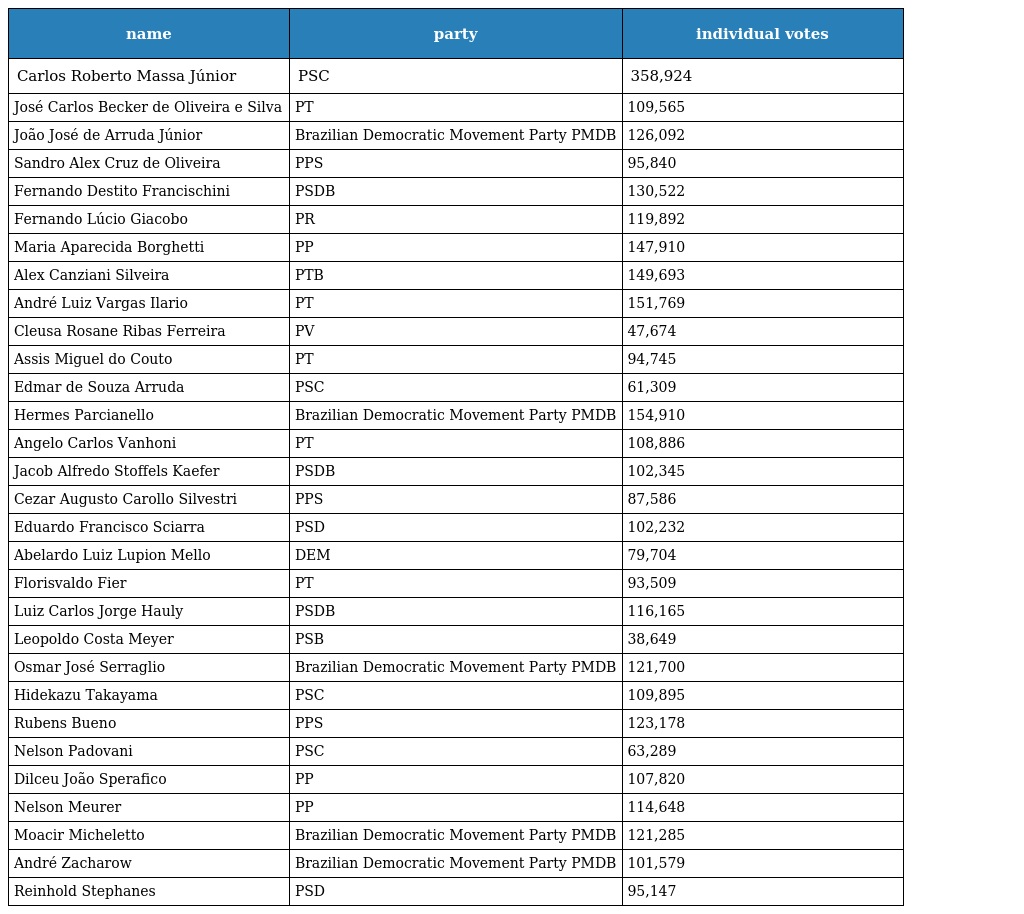
| name | party | individual votes |
 | --- | --- | --- |
 | Carlos Roberto Massa Júnior | PSC | 358,924 |
 | José Carlos Becker de Oliveira e Silva | PT | 109,565 |
 | João José de Arruda Júnior | Brazilian Democratic Movement Party PMDB | 126,092 |
 | Sandro Alex Cruz de Oliveira | PPS | 95,840 |
 | Fernando Destito Francischini | PSDB | 130,522 |
 | Fernando Lúcio Giacobo | PR | 119,892 |
 | Maria Aparecida Borghetti | PP | 147,910 |
 | Alex Canziani Silveira | PTB | 149,693 |
 | André Luiz Vargas Ilario | PT | 151,769 |
 | Cleusa Rosane Ribas Ferreira | PV | 47,674 |
 | Assis Miguel do Couto | PT | 94,745 |
 | Edmar de Souza Arruda | PSC | 61,309 |
 | Hermes Parcianello | Brazilian Democratic Movement Party PMDB | 154,910 |
 | Angelo Carlos Vanhoni | PT | 108,886 |
 | Jacob Alfredo Stoffels Kaefer | PSDB | 102,345 |
 | Cezar Augusto Carollo Silvestri | PPS | 87,586 |
 | Eduardo Francisco Sciarra | PSD | 102,232 |
 | Abelardo Luiz Lupion Mello | DEM | 79,704 |
 | Florisvaldo Fier | PT | 93,509 |
 | Luiz Carlos Jorge Hauly | PSDB | 116,165 |
 | Leopoldo Costa Meyer | PSB | 38,649 |
 | Osmar José Serraglio | Brazilian Democratic Movement Party PMDB | 121,700 |
 | Hidekazu Takayama | PSC | 109,895 |
 | Rubens Bueno | PPS | 123,178 |
 | Nelson Padovani | PSC | 63,289 |
 | Dilceu João Sperafico | PP | 107,820 |
 | Nelson Meurer | PP | 114,648 |
 | Moacir Micheletto | Brazilian Democratic Movement Party PMDB | 121,285 |
 | André Zacharow | Brazilian Democratic Movement Party PMDB | 101,579 |
 | Reinhold Stephanes | PSD | 95,147 |